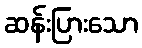
ဆန်းပြားသော